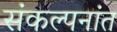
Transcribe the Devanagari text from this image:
संकल्पनांत